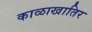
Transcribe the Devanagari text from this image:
काळाखातिर